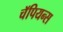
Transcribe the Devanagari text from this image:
चॅपियन्स